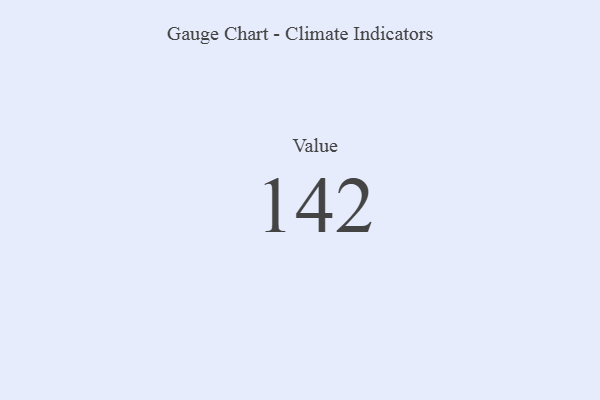
{"axis": {"x": "Metric", "y": "Value"}, "legend": [""], "data": [{"x": "Value", "y": 142, "type": ""}]}